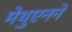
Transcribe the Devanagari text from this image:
मेथुएनने